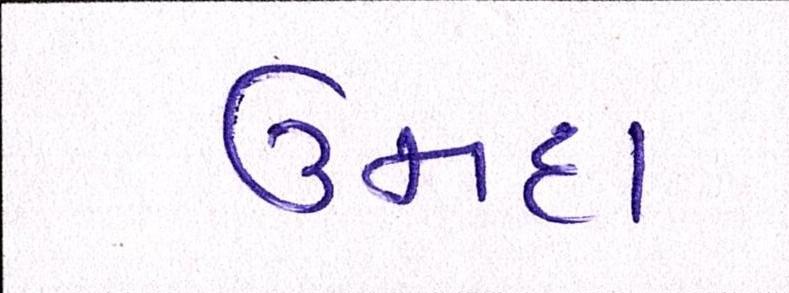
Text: ઉમદા